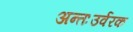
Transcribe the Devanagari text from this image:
अन्तःउर्वरक